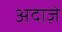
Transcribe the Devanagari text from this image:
अदाज़े